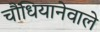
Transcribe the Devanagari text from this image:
चौंधियानेवाले